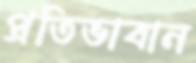
প্রতিভাবান